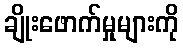
ချိုးဖောက်မှုများကို